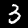
Label: 3